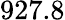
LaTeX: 927.8